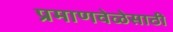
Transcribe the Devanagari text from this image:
प्रमाणवेळेसाठी